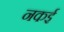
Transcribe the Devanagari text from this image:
नकई